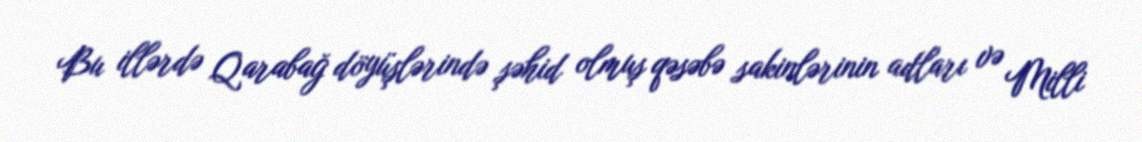
Bu illərdə Qarabağ döyüşlərində şəhid olmuş qəsəbə sakinlərinin adları və Milli